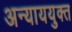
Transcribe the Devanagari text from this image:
अन्याययुक्त